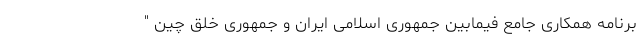
برنامه همکاری جامع فیمابین جمهوری اسلامی ایران و جمهوری خلق چین "